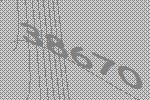
38670